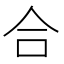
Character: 合